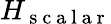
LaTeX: H_{\mathrm{~s~c~a~l~a~r~}}